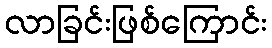
လာခြင်းဖြစ်ကြောင်း